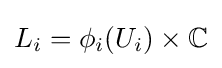
L_{i}=\phi _{i}(U_{i})\times \mathbb {C}